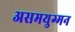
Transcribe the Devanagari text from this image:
असमयुग्मन